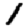
Digit: 1